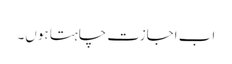
اب اجازت چاہتا ہوں۔